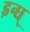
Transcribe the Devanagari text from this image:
इन्ध्‌